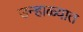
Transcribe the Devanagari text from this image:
उन्‍हाळ्यात